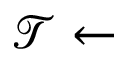
\mathcal { T } \leftarrow